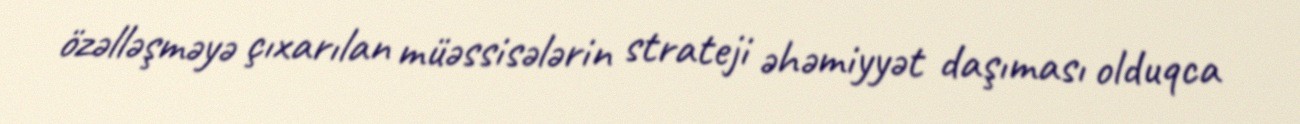
özəlləşməyə çıxarılan müəssisələrin strateji əhəmiyyət daşıması olduqca